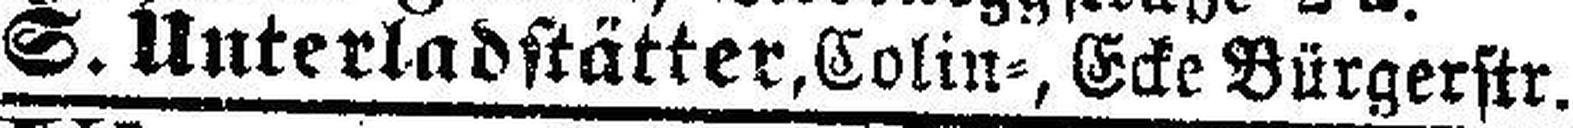
S. Unterladstätter, Colin=, Ecke Bürgerstr.